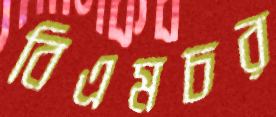
বিএমচর